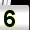
Digit: 5